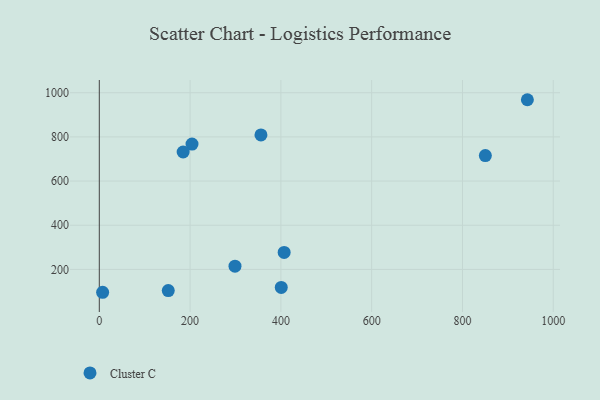
{"axis": {"x": "Investment", "y": "Profit"}, "legend": ["Cluster C"], "data": [{"x": "400.8", "y": 118.5, "type": "Cluster C"}, {"x": "943.0", "y": 968.3, "type": "Cluster C"}, {"x": "151.9", "y": 104.1, "type": "Cluster C"}, {"x": "204.2", "y": 767.6, "type": "Cluster C"}, {"x": "407.2", "y": 277.2, "type": "Cluster C"}, {"x": "850.4", "y": 715.3, "type": "Cluster C"}, {"x": "184.7", "y": 731.7, "type": "Cluster C"}, {"x": "356.1", "y": 809.0, "type": "Cluster C"}, {"x": "7.3", "y": 96.6, "type": "Cluster C"}, {"x": "298.9", "y": 214.7, "type": "Cluster C"}]}